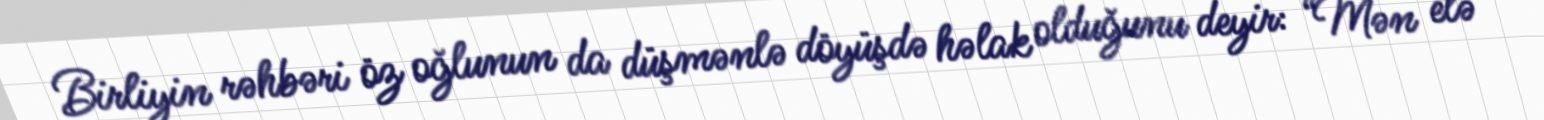
Birliyin rəhbəri öz oğlunun da düşmənlə döyüşdə həlak olduğunu deyir: “Mən elə